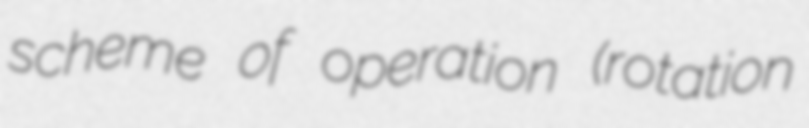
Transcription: scheme of operation (rotation